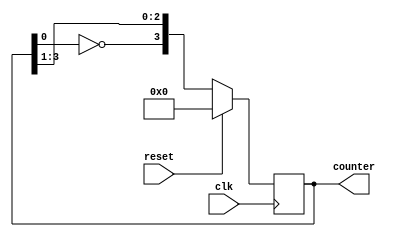
`timescale 1ns / 1ps

module johnson_counter #(parameter N=4)
    (input clk, reset,
    output reg [3:0] counter);

always@(posedge clk)
    begin
        if(reset) 
            counter <= 0; 
        else 
            counter <= {~counter[0], counter[N-1:1]};  
    end 
endmodule